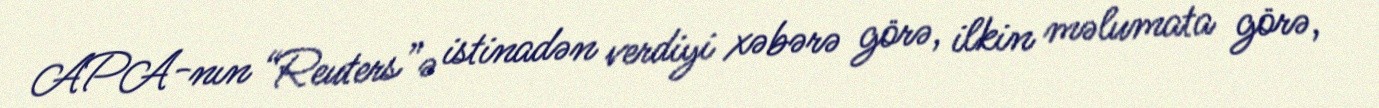
APA-nın “Reuters”ə istinadən verdiyi xəbərə görə, ilkin məlumata görə,